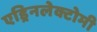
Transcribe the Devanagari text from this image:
एड्रिनलेक्टोमी